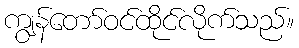
ကျွန်တော်ဝင်ထိုင်လိုက်သည်။